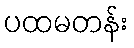
ပထမတန်း